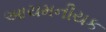
આચમનીયક